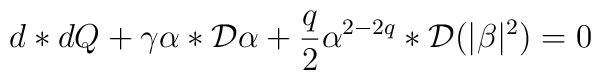
d*dQ + \gamma\alpha *{\cal{D}}\alpha + \frac{q}{2}\alpha^{2-2q} *{\cal{D}}(|\beta|^2) = 0